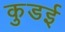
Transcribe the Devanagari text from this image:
कुडई